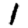
Digit: 1